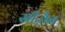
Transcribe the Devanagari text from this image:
सीज़ैन